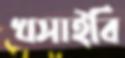
খসাইবি